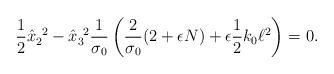
LaTeX: \begin{align*}\frac{1}{2} \hat{x}_{2}^{~2} - \hat{x}_{3}^{~2} \frac{1}{\sigma_{0}} \left( \frac{2}{\sigma_{0}} (2 + \epsilon N) + \epsilon \frac{1}{2} k_{0} \ell^{2} \right) = 0.\end{align*}